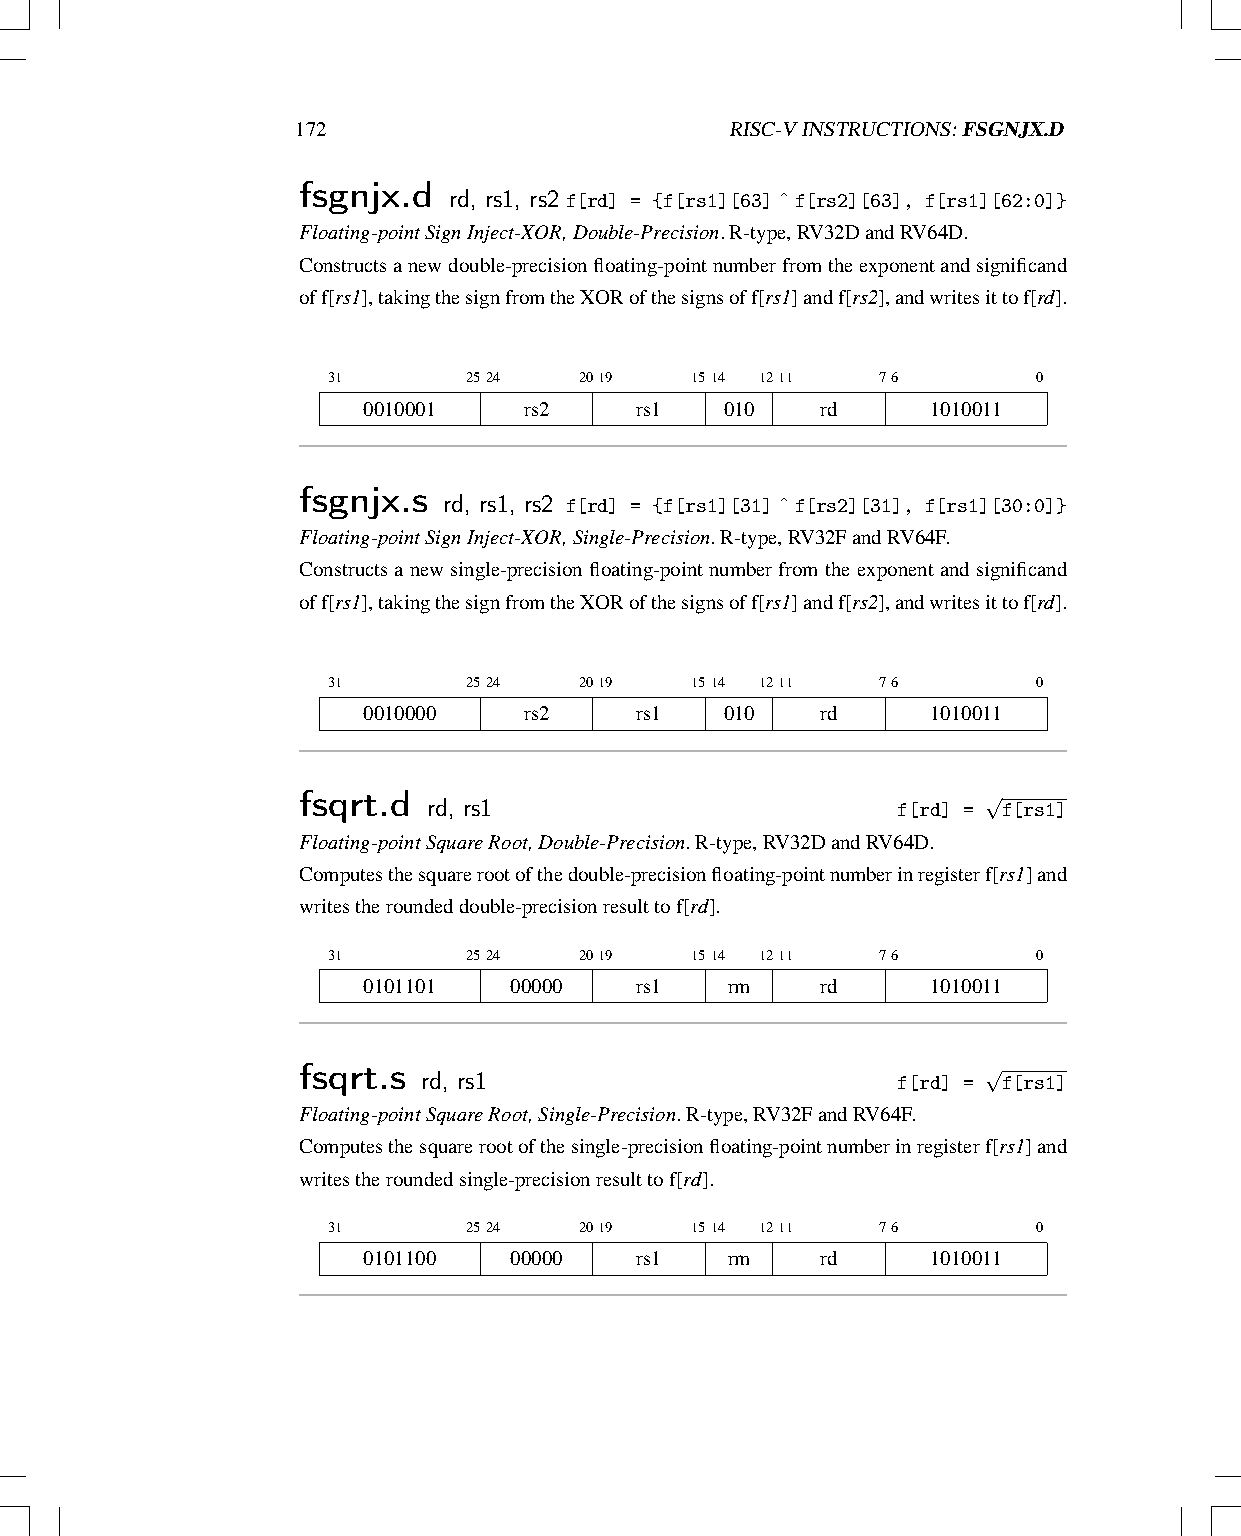
172                         RISC-VINSTRUCTIONS:FSGNJX.D
 fsgnjx.d  rd, rs1, rs2 f[rd] = {f[rs1][63]ˆf[rs2][63], f[rs1][62:0]}
 Floating-pointSignInject-XOR,Double-Precision.R-type,RV32DandRV64D.
 Constructsanewdouble-precisionfloating-pointnumberfromtheexponentandsignificand
 off[rs1],takingthesignfromtheXORofthesignsoff[rs1]andf[rs2],andwritesittof[rd].
 31       2524   2019    1514 1211   76         0
 0010001    rs2    rs1   010   rd      1010011
 fsgnjx.s rd, rs1, rs2 f[rd] = {f[rs1][31]ˆf[rs2][31], f[rs1][30:0]}
 Floating-pointSignInject-XOR,Single-Precision.R-type,RV32FandRV64F.
 Constructs a new single-precision floating-point number from the exponent and significand
 off[rs1],takingthesignfromtheXORofthesignsoff[rs1]andf[rs2],andwritesittof[rd].
 31       2524   2019    1514 1211   76         0
 0010000    rs2    rs1   010   rd      1010011
 √
 fsqrt.d rd, rs1
 f[rd] = f[rs1]
 Floating-pointSquareRoot,Double-Precision.R-type,RV32DandRV64D.
 Computesthesquarerootofthedouble-precisionfloating-pointnumberinregisterf[rs1]and
 writestheroundeddouble-precisionresulttof[rd].
 31       2524   2019    1514 1211   76         0
 0101101   00000   rs1   rm    rd      1010011
 √
 fsqrt.s rd, rs1
 f[rd] = f[rs1]
 Floating-pointSquareRoot,Single-Precision.R-type,RV32FandRV64F.
 Computesthesquarerootofthesingle-precisionfloating-pointnumberinregisterf[rs1]and
 writestheroundedsingle-precisionresulttof[rd].
 31       2524   2019    1514 1211   76         0
 0101100   00000   rs1   rm    rd      1010011